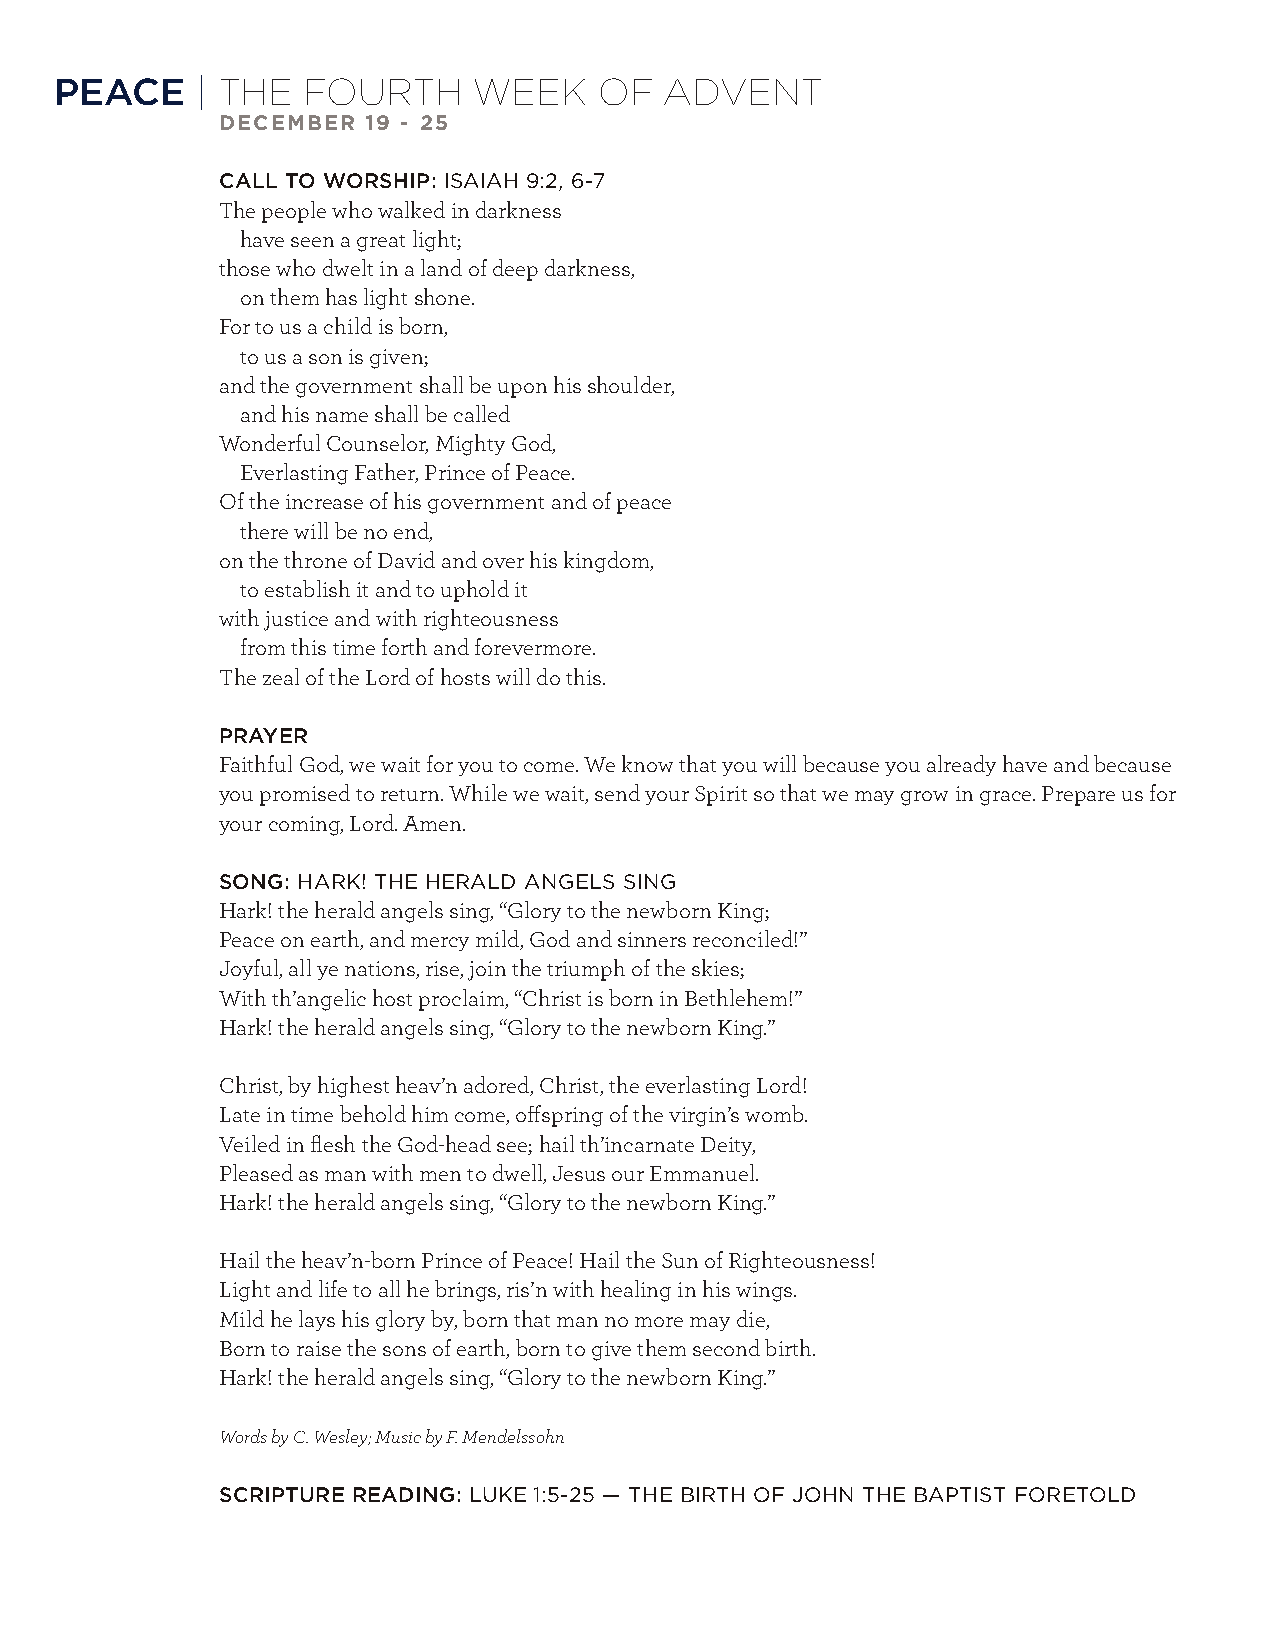
PEACE    | THE  FOURTH     WEEK     OF  ADVENT
 DECEMBER  19 - 25
 CALL TO WORSHIP: ISAIAH 9:2, 6-7
 The people who walked in darkness
 have seen a great light;
 those who dwelt in a land of deep darkness,
 on them has light shone.
 For to us a child is born,
 to us a son is given;
 and the government shall be upon his shoulder,
 and his name shall be called
 Wonderful Counselor, Mighty God,
 Everlasting Father, Prince of Peace.
 Of the increase of his government and of peace
 there will be no end,
 on the throne of David and over his kingdom,
 to establish it and to uphold it
 with justice and with righteousness
 from this time forth and forevermore.
 The zeal of the Lord of hosts will do this.
 PRAYER
 Faithful God, we wait for you to come. We know that you will because you already have and because
 you promised to return. While we wait, send your Spirit so that we may grow in grace. Prepare us for
 your coming, Lord. Amen.
 SONG: HARK! THE HERALD ANGELS SING
 Hark! the herald angels sing, “Glory to the newborn King;
 Peace on earth, and mercy mild, God and sinners reconciled!”
 Joyful, all ye nations, rise, join the triumph of the skies;
 With th’angelic host proclaim, “Christ is born in Bethlehem!”
 Hark! the herald angels sing, “Glory to the newborn King.”
 Christ, by highest heav’n adored, Christ, the everlasting Lord!
 Late in time behold him come, offspring of the virgin’s womb.
 Veiled in flesh the God-head see; hail th’incarnate Deity,
 Pleased as man with men to dwell, Jesus our Emmanuel.
 Hark! the herald angels sing, “Glory to the newborn King.”
 Hail the heav’n-born Prince of Peace! Hail the Sun of Righteousness!
 Light and life to all he brings, ris’n with healing in his wings.
 Mild he lays his glory by, born that man no more may die,
 Born to raise the sons of earth, born to give them second birth.
 Hark! the herald angels sing, “Glory to the newborn King.”
 Words by C. Wesley; Music by F. Mendelssohn
 SCRIPTURE READING: LUKE 1:5-25 — THE BIRTH OF JOHN THE BAPTIST FORETOLD